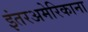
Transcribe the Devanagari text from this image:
इंतरअमेरिकाना